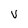
Character: V